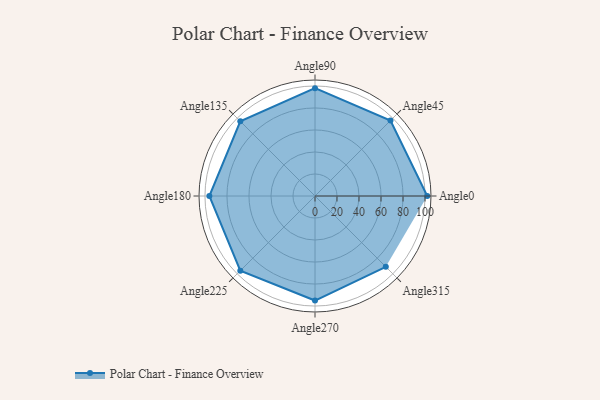
{"axis": {"x": "Angle", "y": "Radius"}, "legend": [""], "data": [{"x": "Angle0", "y": 102.0, "type": ""}, {"x": "Angle45", "y": 97.0, "type": ""}, {"x": "Angle90", "y": 98.0, "type": ""}, {"x": "Angle135", "y": 96.0, "type": ""}, {"x": "Angle180", "y": 96.0, "type": ""}, {"x": "Angle225", "y": 96.0, "type": ""}, {"x": "Angle270", "y": 95.0, "type": ""}, {"x": "Angle315", "y": 91.0, "type": ""}]}